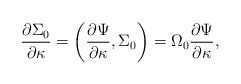
\begin{align*}{\partial \Sigma_0\over\partial \kappa}=\left({\partial \Psi\over \partial \kappa},\Sigma_0\right)=\Omega_0{\partial \Psi\over \partial \kappa},\end{align*}